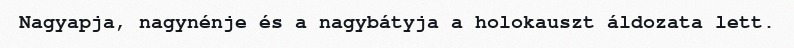
Nagyapja, nagynénje és a nagybátyja a holokauszt áldozata lett.